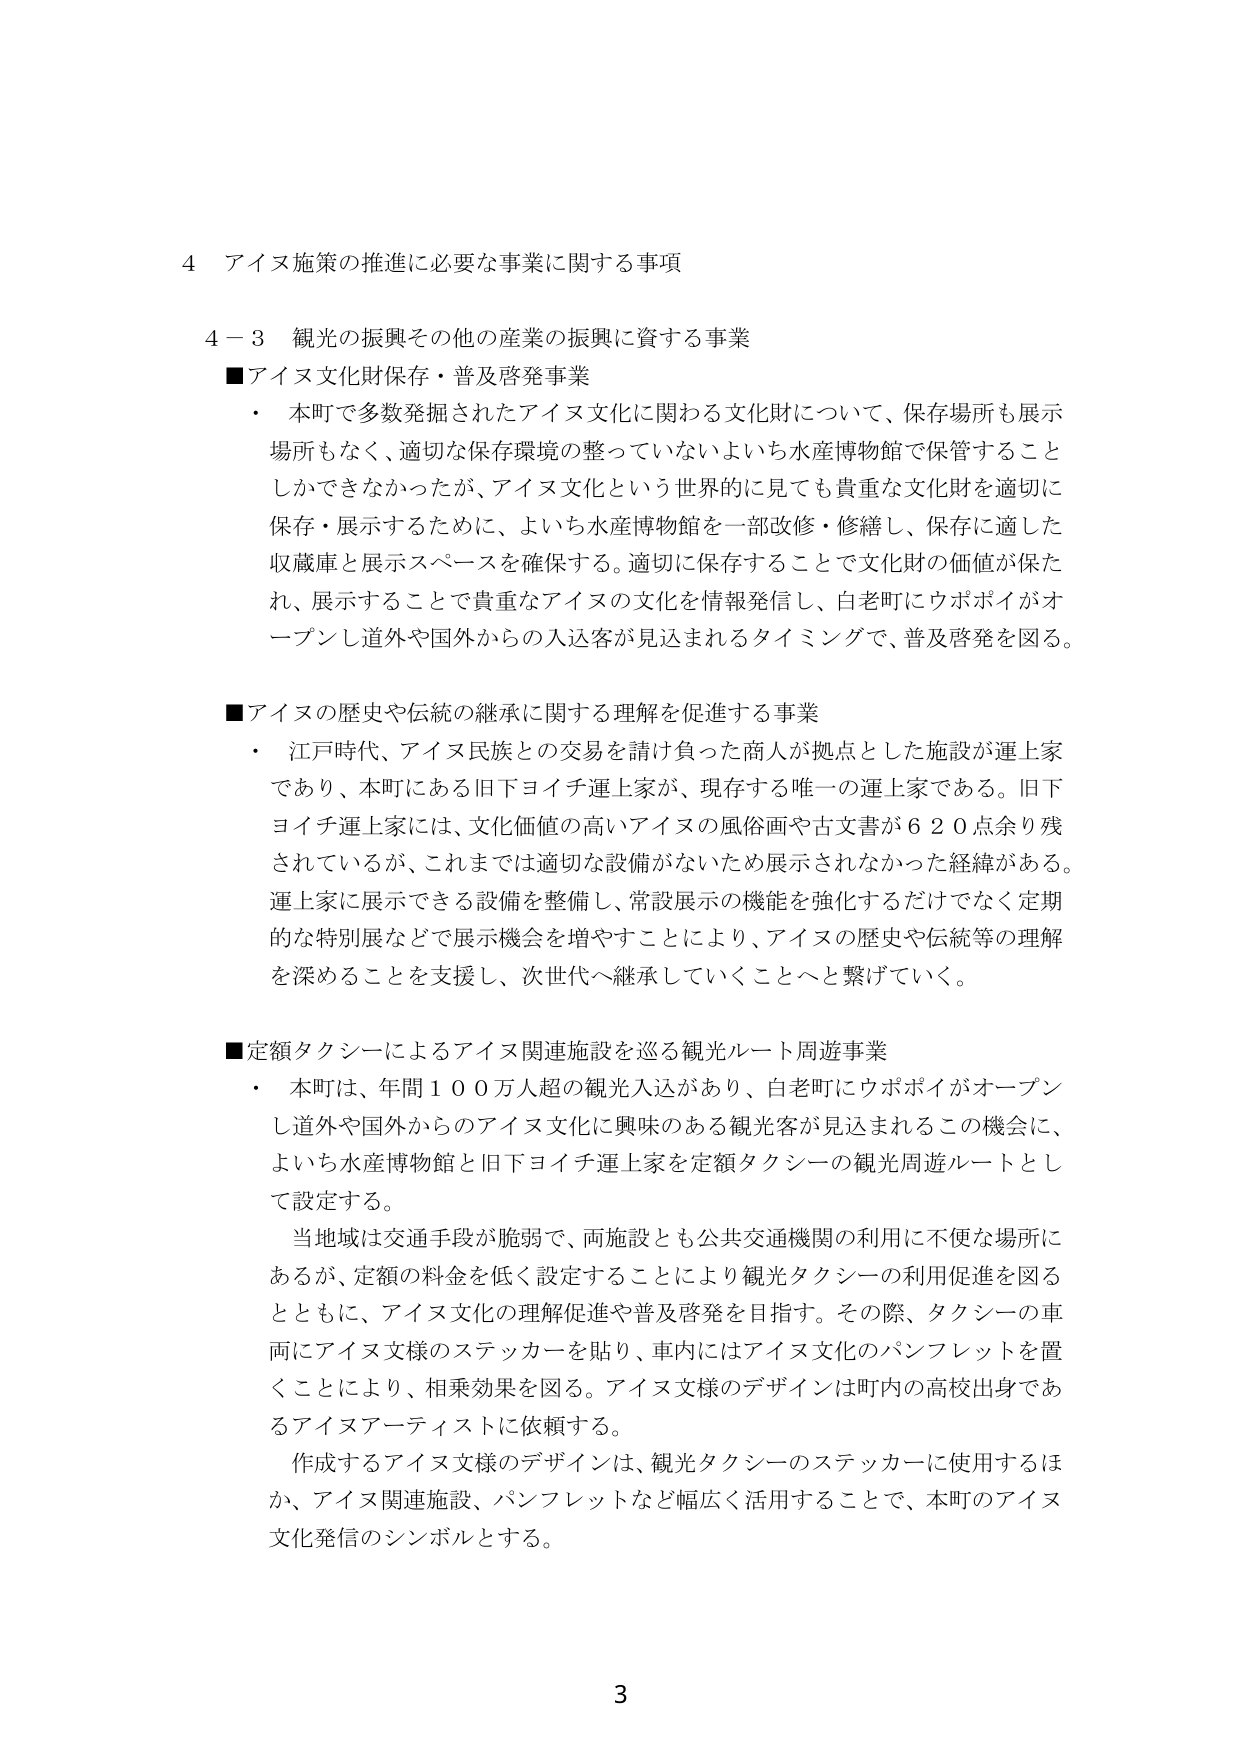
4 アイヌ施策の推進に必要な事業に関する事項

4－3 観光の振興その他の産業の振興に資する事業

■アイヌ文化財保存・普及啓発事業
・ 本町で多数発掘されたアイヌ文化に関わる文化財について、保存場所も展示場所もなく、適切な保存環境の整っていないよいち水産博物館で保管することしかできなかったが、アイヌ文化という世界的に見ても貴重な文化財を適切に保存・展示するために、よいち水産博物館を一部改修・修繕し、保存に適した収蔵庫と展示スペースを確保する。適切に保存することで文化財の価値が保たれ、展示することで貴重なアイヌの文化を情報発信し、白老町にウポポイがオープンし道外や国外からの入込客が見込まれるタイミングで、普及啓発を図る。

■アイヌの歴史や伝統の継承に関する理解を促進する事業
・ 江戸時代、アイヌ民族との交易を請け負った商人が拠点とした施設が運上家であり、本町にある旧下ヨイチ運上家が、現存する唯一の運上家である。旧下ヨイチ運上家には、文化価値の高いアイヌの風俗画や古文書が６２０点余り残されているが、これまでは適切な設備がないため展示されなかった経緯がある。運上家に展示できる設備を整備し、常設展示の機能を強化するだけでなく定期的な特別展などで展示機会を増やすことにより、アイヌの歴史や伝統等の理解を深めることを支援し、次世代へ継承していくことへと繋げていく。

■定額タクシーによるアイヌ関連施設を巡る観光ルート周遊事業
・ 本町は、年間１００万人超の観光入込があり、白老町にウポポイがオープンし道外や国外からのアイヌ文化に興味のある観光客が見込まれるこの機会に、よいち水産博物館と旧下ヨイチ運上家を定額タクシーの観光周遊ルートとして設定する。
　当地域は交通手段が脆弱で、両施設とも公共交通機関の利用に不便な場所にあるが、定額の料金を低く設定することにより観光タクシーの利用促進を図るとともに、アイヌ文化の理解促進や普及啓発を目指す。その際、タクシーの車両にアイヌ文様のステッカーを貼り、車内にはアイヌ文化のパンフレットを置くことにより、相乗効果を図る。アイヌ文様のデザインは町内の高校出身であるアイヌアーティストに依頼する。
　作成するアイヌ文様のデザインは、観光タクシーのステッカーに使用するほか、アイヌ関連施設、パンフレットなど幅広く活用することで、本町のアイヌ文化発信のシンボルとする。

3